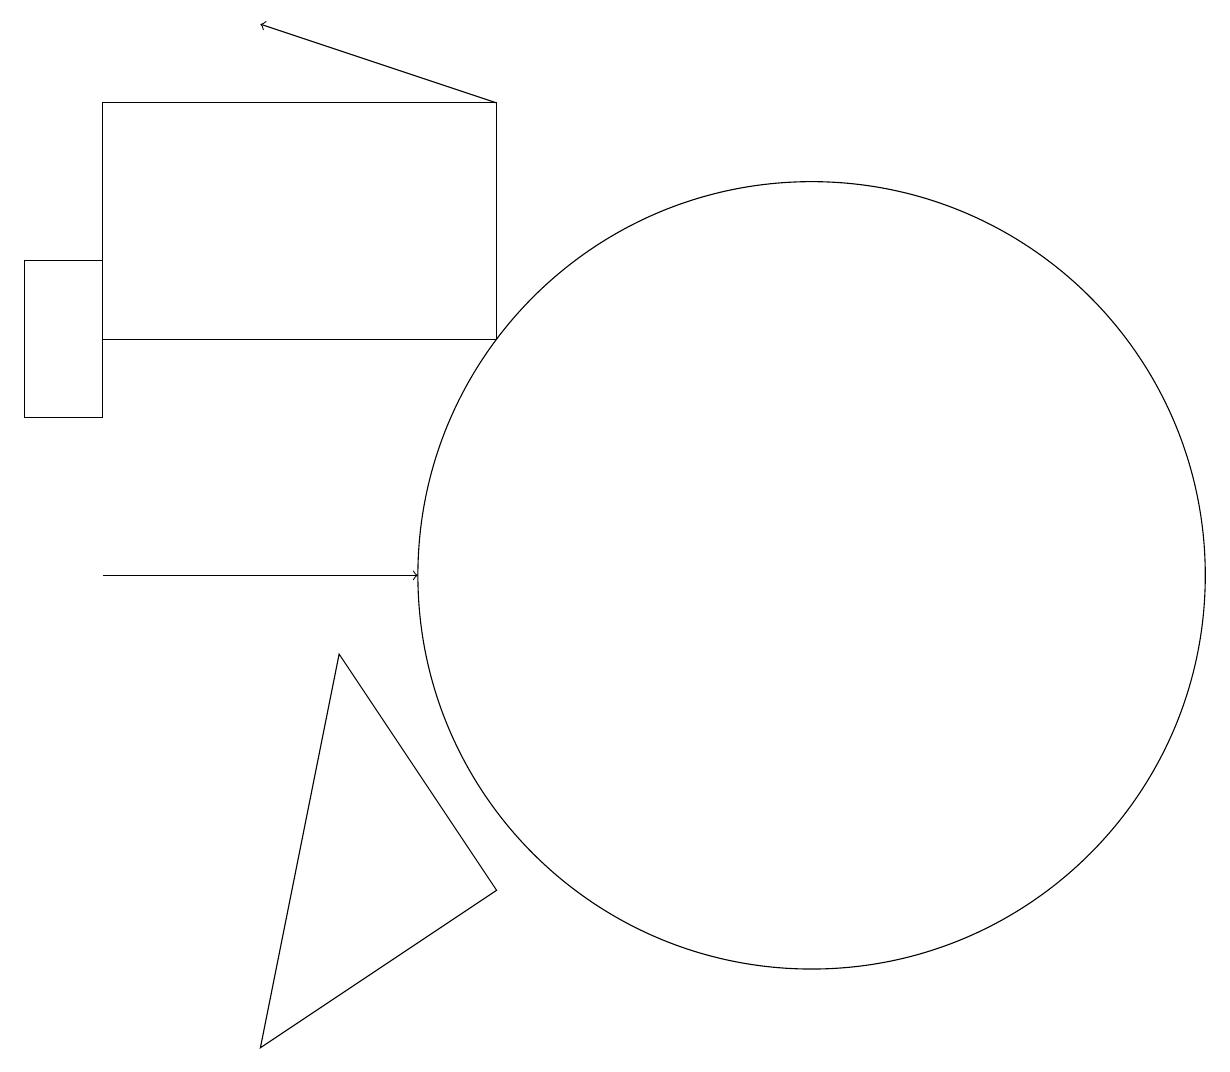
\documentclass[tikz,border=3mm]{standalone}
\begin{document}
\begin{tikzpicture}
\draw (2,14) rectangle (3,12);
\draw (12,10) circle (5);
\draw[->] (3,10) -- (7,10);
\draw[->] (8,16) -- (5,17);
\draw (8,13) rectangle (3,16);
\draw (6,9) -- (5,4) -- (8,6) -- cycle;
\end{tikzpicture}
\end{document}